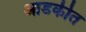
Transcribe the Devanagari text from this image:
आडकीत